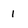
Character: l